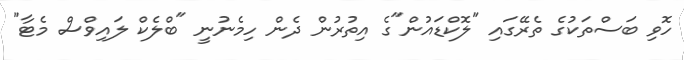
ހޮވި ބަސްތަކުގެ ތެރޭގައި "ލޮކްޑައުން"ގެ އިތުރުން ދެން ހިމެނުނީ "ބްލެކް ލައިވްސް މެޓާ"